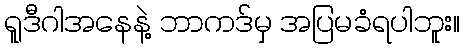
ရူဒီဂါအနေနဲ့ ဘာကဒ်မှ အပြမခံရပါဘူး။